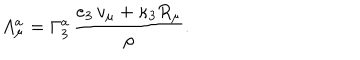
A _ { \mu } ^ { a } = \Gamma _ { 3 } ^ { a } \, { \frac { e _ { 3 } \, v _ { \mu } + \kappa _ { 3 } R _ { \mu } } { \rho } } .